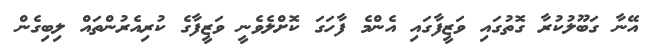
އޭނާ ގަބޫލުކުރާ ގޮތުގައި ވަޒީފާގައި އެންމެ ފާހަގަ ކޮށްލެވެނީ ވަޒީފާގެ ކުރިއެރުންތައް ލިބިގެން